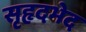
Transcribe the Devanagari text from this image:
सृहृदभेद